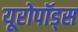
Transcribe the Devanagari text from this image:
यूरोपॉड्स